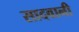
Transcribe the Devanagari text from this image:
सादवानी